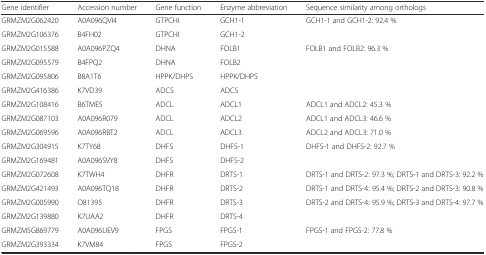
| Gene identifier | Accession number | Gene function | Enzyme abbreviation | Sequence similarity among orthologs |
 | --- | --- | --- | --- | --- |
 | GRMZM2G062420 | A0A096QVI4 | GTPCHI | GCH1-1 | <ROWSPAN=2> GCH1-1 and GCH1-2: 92.4 % |
 | GRMZM2G106376 | B4FH02 | GTPCHI | GCH1-2 |
 | GRMZM2G015588 | A0A096PZQ4 | DHNA | FOLB1 | <ROWSPAN=2> FOLB1 and FOLB2: 96.3 % |
 | GRMZM2G095579 | B4FPQ2 | DHNA | FOLB2 |
 | GRMZM2G095806 | B8A1T6 | HPPK/DHPS | HPPK/DHPS |  |
 | GRMZM2G416386 | K7VD39 | ADCS | ADCS |  |
 | GRMZM2G108416 | B6TME5 | ADCL | ADCL1 | ADCL1 and ADCL2: 45.3 % |
 | GRMZM2G087103 | A0A096R079 | ADCL | ADCL2 | ADCL1 and ADCL3: 46.6 % |
 | GRMZM2G069596 | A0A096RBT2 | ADCL | ADCL3 | ADCL2 and ADCL3: 71.0 % |
 | GRMZM2G304915 | K7TY68 | DHFS | DHFS-1 | <ROWSPAN=2> DHFS-1 and DHFS-2: 92.7 % |
 | GRMZM2G169481 | A0A096SVY8 | DHFS | DHFS-2 |
 | GRMZM2G072608 | K7TWH4 | DHFR | DRTS-1 | DRTS-1 and DRTS-2: 97.3 %; DRTS-1 and DRTS-3: 92.2 % |
 | GRMZM2G421493 | A0A096TQ18 | DHFR | DRTS-2 | DRTS-1 and DRTS-4: 95.4 %; DRTS-2 and DRTS-3: 90.8 % |
 | GRMZM2G005990 | O81395 | DHFR | DRTS-3 | <ROWSPAN=2> DRTS-2 and DRTS-4: 95.9 %; DRTS-3 and DRTS-4: 97.7 % |
 | GRMZM2G139880 | K7UAA2 | DHFR | DRTS-4 |
 | GRMZM5G869779 | A0A096UEV9 | FPGS | FPGS-1 | <ROWSPAN=2> FPGS-1 and FPGS-2: 77.8 % |
 | GRMZM2G393334 | K7VM84 | FPGS | FPGS-2 |